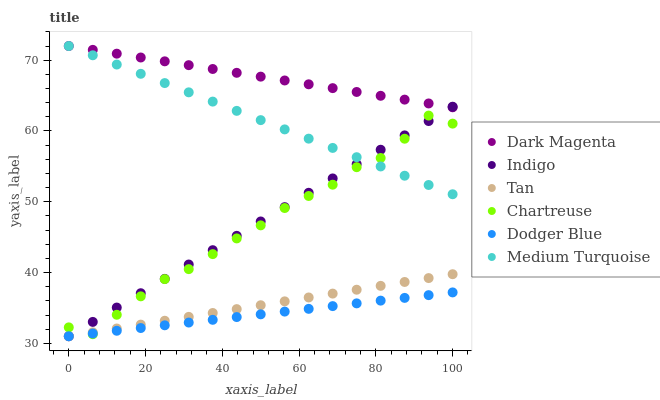
| xaxis_label | Dark Magenta | Indigo | Tan | Chartreuse | Dodger Blue | Medium Turquoise |
 | --- | --- | --- | --- | --- | --- | --- |
 | 0 | 72 | 31 | 31 | 32.3 | 31 | 72 |
 | 6.25 | 71.5 | 33 | 31.5 | 31.3 | 31.4 | 70.7 |
 | 12.5 | 70.9 | 35.1 | 32.1 | 34 | 31.8 | 69.4 |
 | 18.8 | 70.4 | 37.1 | 32.6 | 36.6 | 32.2 | 68.1 |
 | 25 | 69.8 | 39.1 | 33.2 | 39.1 | 32.5 | 66.8 |
 | 31.2 | 69.3 | 41.1 | 33.7 | 40.5 | 32.9 | 65.5 |
 | 37.5 | 68.8 | 43.2 | 34.3 | 42.6 | 33.3 | 64.1 |
 | 43.8 | 68.2 | 45.2 | 34.8 | 44.8 | 33.7 | 62.8 |
 | 50 | 67.7 | 47.2 | 35.4 | 46.7 | 34.1 | 61.5 |
 | 56.2 | 67.1 | 49.2 | 35.9 | 49.1 | 34.5 | 60.2 |
 | 62.5 | 66.6 | 51.3 | 36.5 | 50.8 | 34.9 | 58.9 |
 | 68.8 | 66 | 53.3 | 37 | 52.4 | 35.3 | 57.6 |
 | 75 | 65.5 | 55.3 | 37.6 | 54.9 | 35.6 | 56.3 |
 | 81.2 | 65 | 57.3 | 38.1 | 56.2 | 36 | 55 |
 | 87.5 | 64.4 | 59.4 | 38.7 | 58.9 | 36.4 | 53.7 |
 | 93.8 | 63.9 | 61.4 | 39.2 | 62.2 | 36.8 | 52.4 |
 | 100 | 63.3 | 63.4 | 39.8 | 61 | 37.2 | 51.1 |